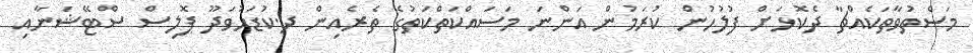
މަސްތުވާތަކެއްޗާ ދެކޮޅަށް ފުލުހުން ކުރަމުން އަންނަ މަސައްކަތްކަތުގެ ތެރެއިން ދ.ކުޑަހުވަދޫ ޕޮލިސް ސްޓޭޝަނާއި